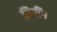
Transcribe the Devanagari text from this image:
बिपींग